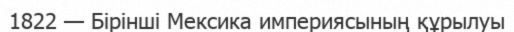
1822 — Бiрiншi Мексика империясының құрылуы